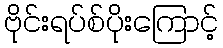
ဗိုင်းရပ်စ်ပိုးကြောင့်